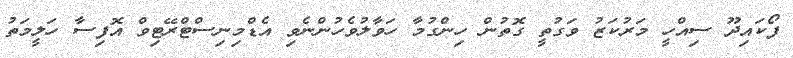
ފޯކައިދޫ ސިއްހީ މަރުކަޒު ވަގުތީ ގޮތުން ހިންގުމާ ހަވާލުވެހުންނެވި އެޑްމިނިސްޓްރޭޓިވް އޮފިސާ ހަލީމަތު